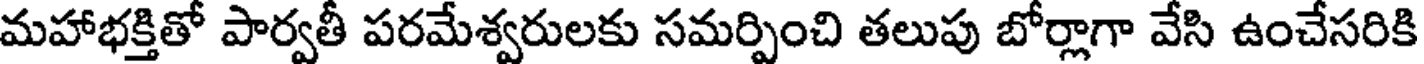
మహాభక్తితో పార్వతీ పరమేశ్వరులకు సమర్పించి తలుపు బోర్లాగా వేసి ఉంచేసరికి